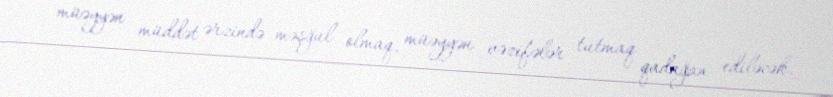
müəyyən müddət ərzində məşğul olmaq, müəyyən vəzifələr tutmaq qadağan ediləcək.